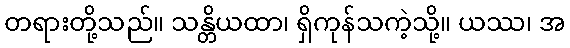
တရားတို့သည်။ သန္တိယထာ၊ ရှိကုန်သကဲ့သို့။ ယဿ၊ အ